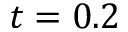
t = 0 . 2